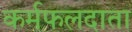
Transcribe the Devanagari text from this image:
कर्मफलदाता